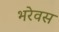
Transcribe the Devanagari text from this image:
भरेवस